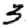
Digit: 3